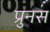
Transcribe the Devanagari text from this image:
प्रुनस